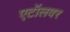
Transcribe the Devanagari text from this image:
एटॉलवर